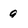
Character: q